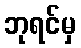
ဘုရင်မှ